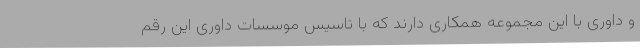
و داوری با این مجموعه همکاری دارند که با تاسیس موسسات داوری این رقم